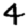
Digit: 4